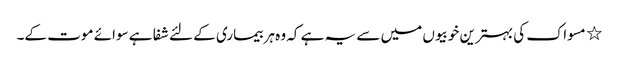
٭ مسواک کی بہترین خوبیوں میں سے یہ ہے کہ وہ ہر بیماری کے لئے شفا ہے سوائے موت کے۔